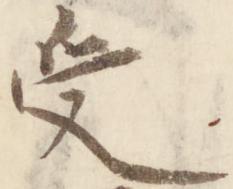
受